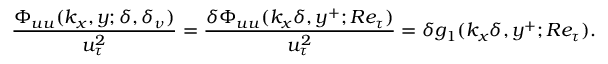
\frac { \Phi _ { u u } ( k _ { x } , y ; \delta , \delta _ { \nu } ) } { u _ { \tau } ^ { 2 } } = \frac { \delta \Phi _ { u u } ( k _ { x } \delta , y ^ { + } ; R e _ { \tau } ) } { u _ { \tau } ^ { 2 } } = \delta g _ { 1 } ( k _ { x } \delta , y ^ { + } ; R e _ { \tau } ) .